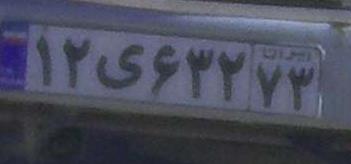
۱۲ی۶۳۲۷۳